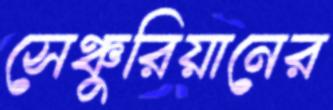
সেঞ্চুরিয়ানের